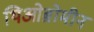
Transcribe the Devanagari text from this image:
थिओब्रोमीन